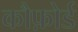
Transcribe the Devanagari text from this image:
कौफ़ोर्ड